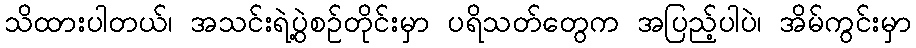
သိထားပါတယ်၊ အသင်းရဲ့ပွဲစဉ်တိုင်းမှာ ပရိသတ်တွေက အပြည့်ပါပဲ၊ အိမ်ကွင်းမှာ